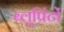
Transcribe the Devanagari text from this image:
ब्लूप्रिंटों